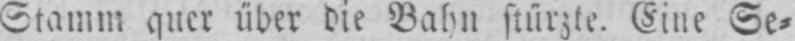
Stamm quer über die Bahn stürzte. Eine Se⸗